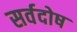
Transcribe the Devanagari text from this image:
सर्वदोष